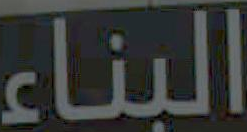
البناء